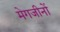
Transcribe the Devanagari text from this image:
मेगजीनों